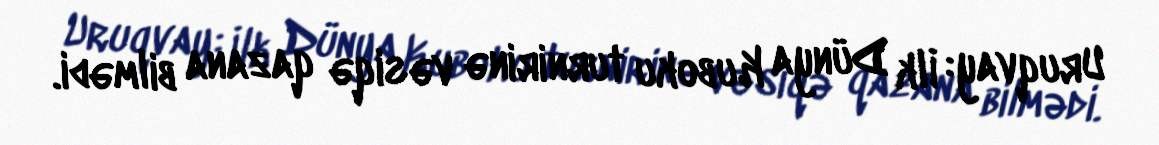
Uruqvay: İlk Dünya Kuboku turnirinə vəsiqə qazana bilmədi.